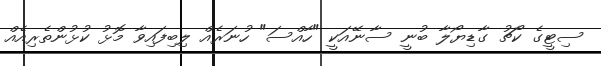
ސިޓީގެ ކޯޗު ގާޑިޔޯލާ ބުނީ ސާނޭއަކީ "ހާއްސަ" ހުނަރެއް ލިބިފައިވާ މޮޅު ކުޅުންތެރިއެއް